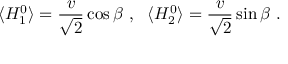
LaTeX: \langle H _ { 1 } ^ { 0 } \rangle = \frac { v } { \sqrt 2 } \cos \beta ~ , ~ ~ \langle H _ { 2 } ^ { 0 } \rangle = \frac { v } { \sqrt 2 } \sin \beta ~ .